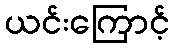
ယင်းကြောင့်